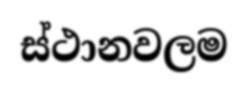
ස්ථානවලම